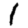
Digit: 1